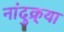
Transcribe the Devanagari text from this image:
नांदुक्र्या